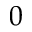
0